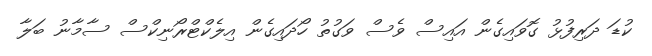
ކުޑަ ދަރިފުޅު ގޮވައިގެން އައިސް ވެސް ވަގުތު ހޯދައިގެން އިލެކްޓްރޯނިކްސް ސާމާނު ބަލާ